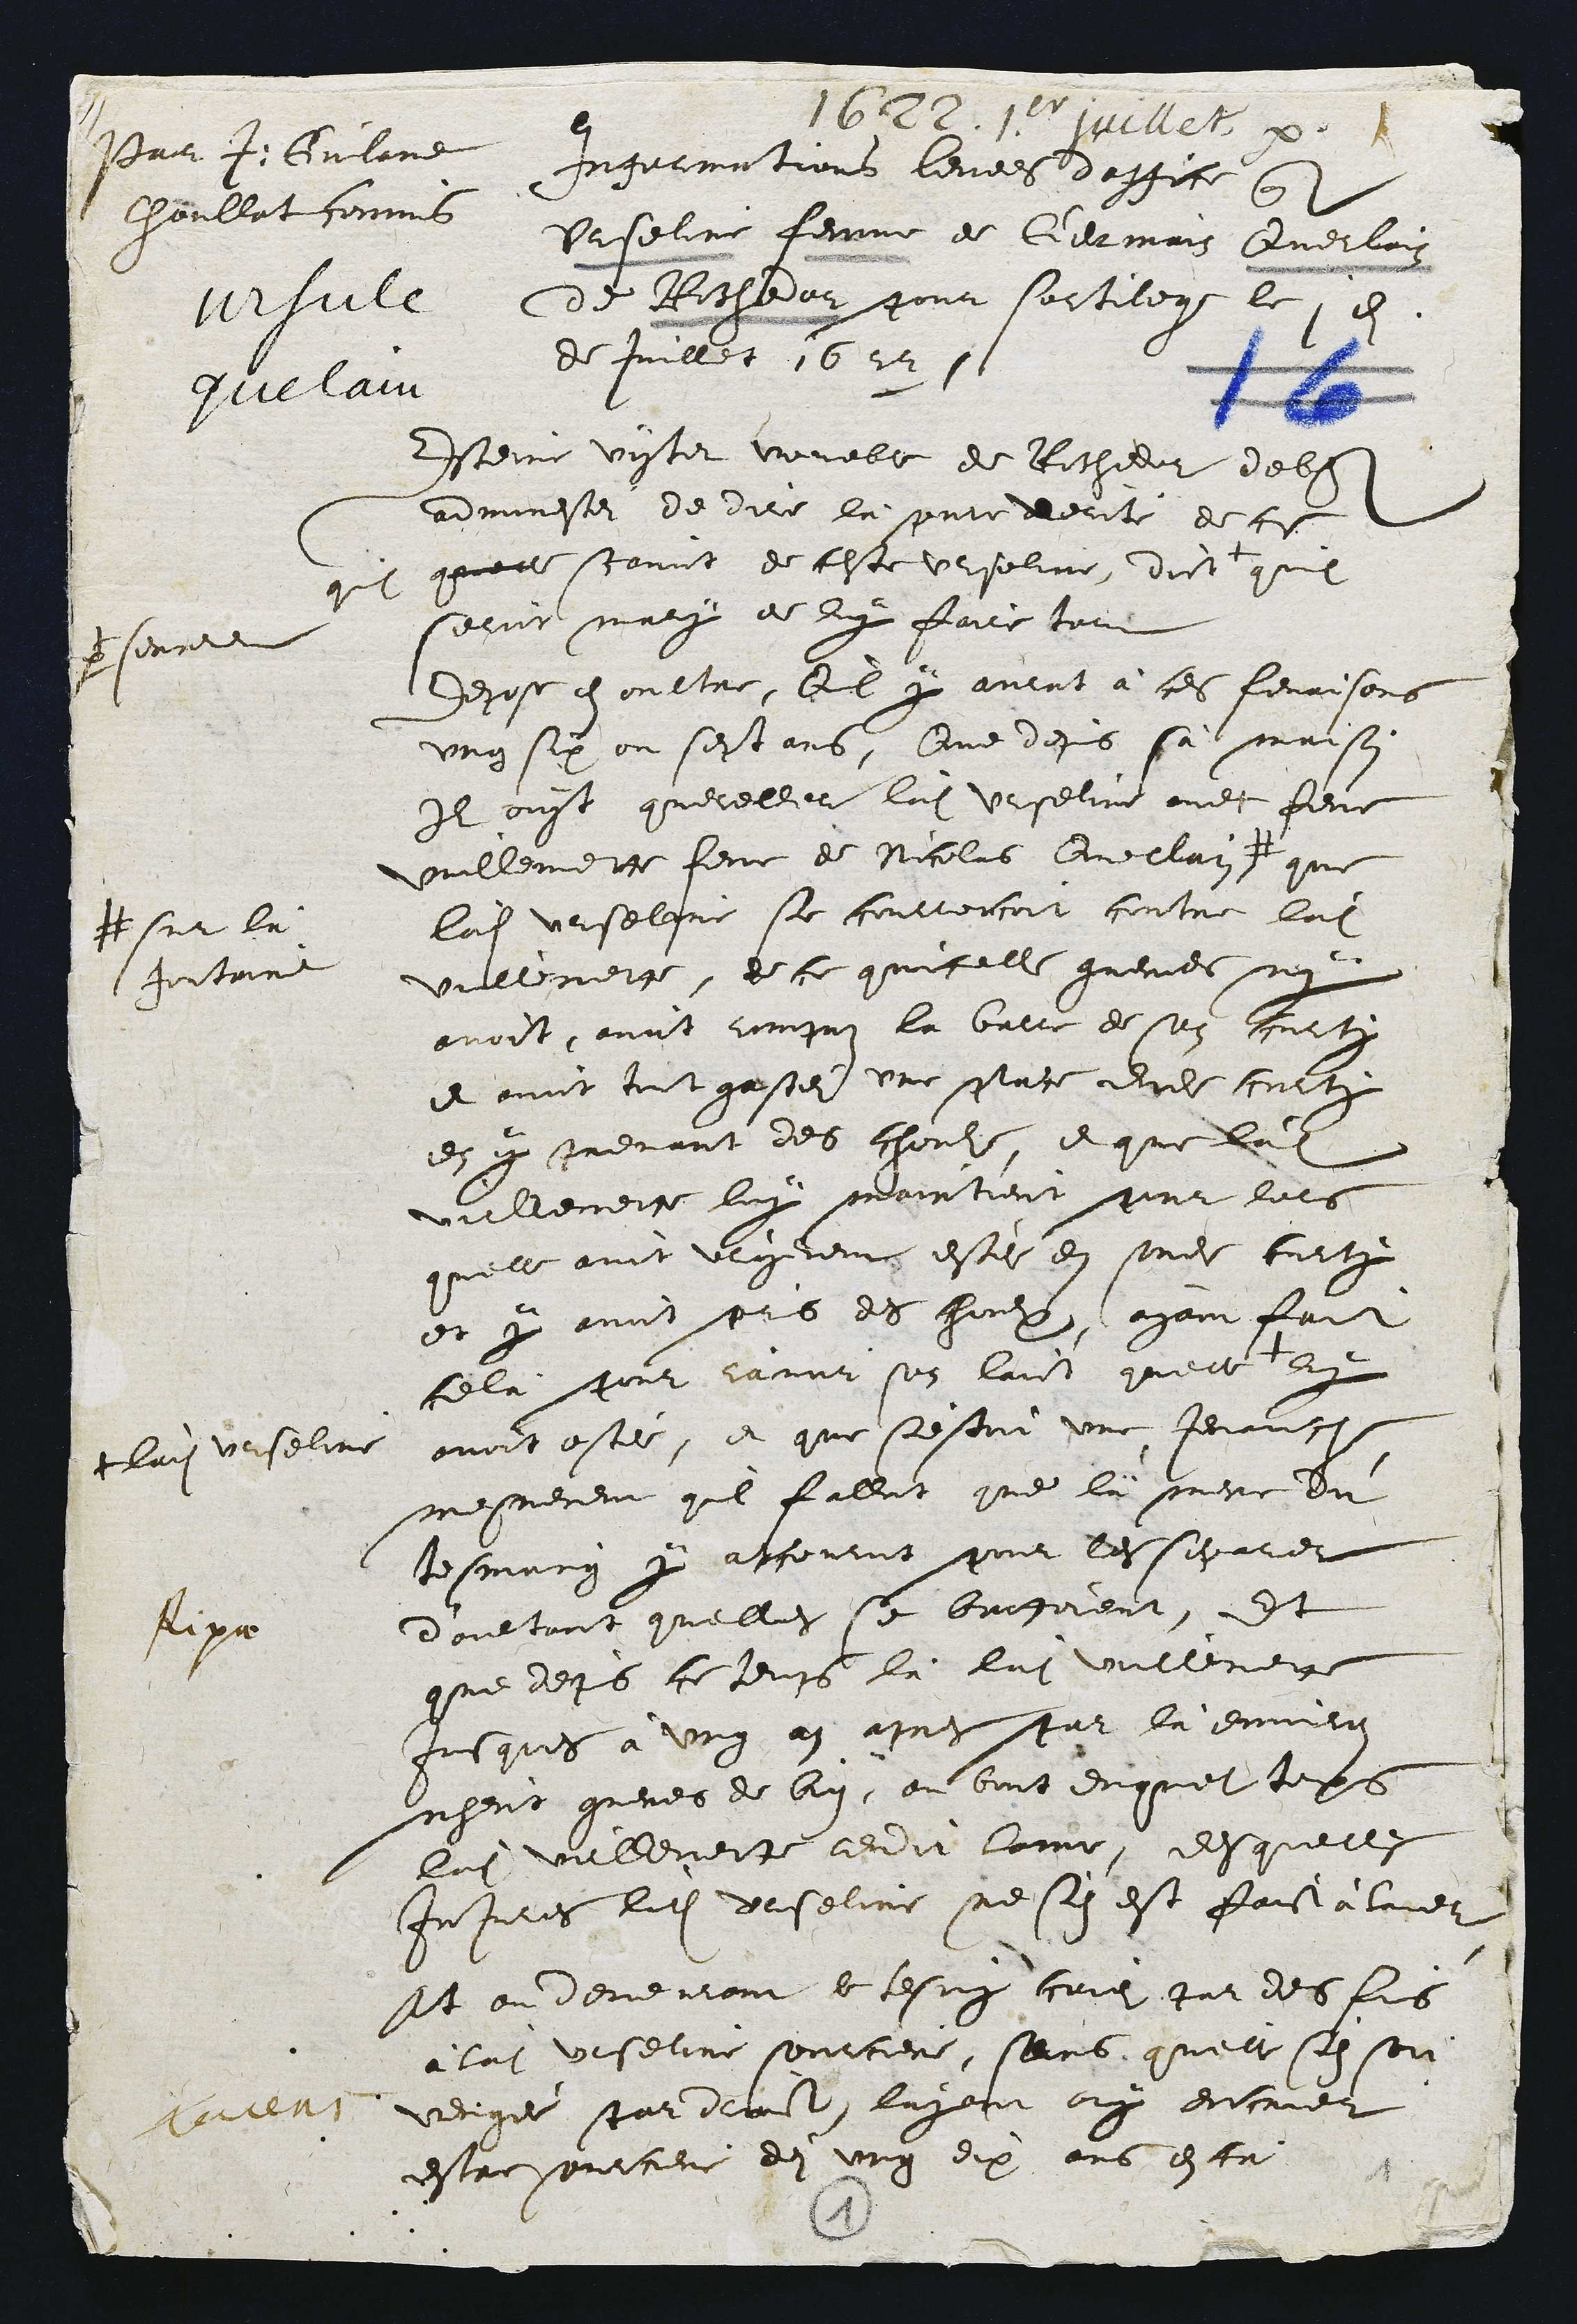
Pair J. Gulane
Choullat commit
vrsccle
grelain

1622. 1er quellet par
Ingarmations levees d'office qounte
Urseline femme de Germain Querlain
de Rochedar pour sortilege le , en
de Juillet 1622 s

Esteine vister voueble de Rochedor d'eble
adminestei de dire là pune ererile de ciel
qui quelle scavoit de ceste ursolint, dict
prserree
quil
serrir mary de luy faire tout
depose en oultre, Qil y aulnt à ces ferrisons
ung six ou sept ans, Que depis sa maison
Il ouyt quereller ladite vrseline avec feme
millemette feme de Nicolas Quellain
# sur la
Jontaine
que
ladite Urselgne se courroncoit contre ladite
vullneige, de ce quicelle gremes ny
avoit, avoit rompuisn la batre de son curte
et avoit tout gastes une place dudit corty
en y prevant des chouhs, et que ladite
villeceice luy maintrent pour lors
qu'elle avot vrogreme estei en sondit curty
et y avoit pris des chouess, ayant fait
celà pour ramoir son laict quelle
tlaite Urseline
27
avoit ostéi, et que s'estoit une jenanch
mesnement quil fallat que là mere dut
tesmung y atcouroit pour les separee
d'aultant quelles se boutoient, Et
que depuis ce teufs là ladite vullement
jusques à ung an apres par là environ
nyent gueres de bion, au bout duqu'ilt tops
luite vellevette rendit lame, desquelles
Injures ladite Urseline ne sin est faist alie
sit ou deveurant le tesmy crie par des fus
a ladite Urseline sourciere, sans quelle s'en sot
vecigée par drot, layant ouy encrier
estre ourciere dei ung dix ans esta

fipa

3
1